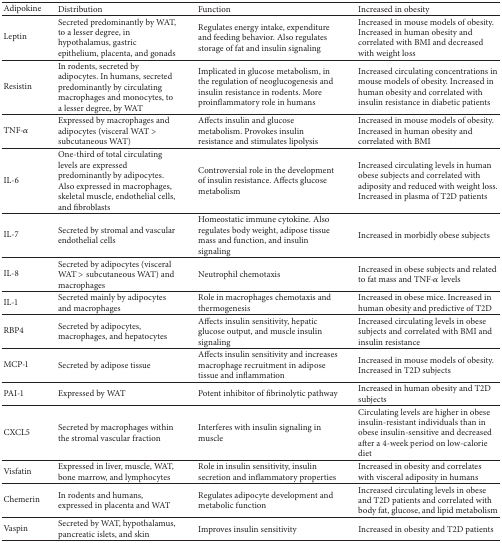
<table><thead><tr><td><b>Adipokine</b></td><td><b>Distribution</b></td><td><b>Function</b></td><td><b>Increased in obesity</b></td></tr></thead><tbody><tr><td>Leptin</td><td>Secreted predominantly by WAT, to a lesser degree, in hypothalamus, gastric epithelium, placenta, and gonads</td><td>Regulates energy intake, expenditure and feeding behavior. Also regulates storage of fat and insulin signaling</td><td>Increased in mouse models of obesity. Increased in human obesity and correlated with BMI and decreased with weight loss</td></tr><tr><td>Resistin</td><td>In rodents, secreted by adipocytes. In humans, secreted predominantly by circulating macrophages and monocytes, to a lesser degree, by WAT</td><td>Implicated in glucose metabolism, in the regulation of neoglucogenesis and insulin resistance in rodents. More proinflammatory role in humans</td><td>Increased circulating concentrations in mouse models of obesity. Increased in human obesity and correlated with insulin resistance in diabetic patients</td></tr><tr><td>TNF-<i>α</i></td><td>Expressed by macrophages and adipocytes (visceral WAT &gt; subcutaneous WAT)</td><td>Affects insulin and glucose metabolism. Provokes insulin resistance and stimulates lipolysis</td><td>Increased in mouse models of obesity. Increased in human obesity and correlated with BMI </td></tr><tr><td>IL-6</td><td>One-third of total circulating levels are expressed predominantly by adipocytes. Also expressed in macrophages, skeletal muscle, endothelial cells, and fibroblasts</td><td>Controversial role in the development of insulin resistance. Affects glucose metabolism</td><td>Increased circulating levels in human obese subjects and correlated with adiposity and reduced with weight loss. Increased in plasma of T2D patients</td></tr><tr><td>IL-7</td><td>Secreted by stromal and vascular endothelial cells</td><td>Homeostatic immune cytokine. Also regulates body weight, adipose tissue mass and function, and insulin signaling</td><td>Increased in morbidly obese subjects</td></tr><tr><td>IL-8</td><td>Secreted by adipocytes (visceral WAT &gt; subcutaneous WAT) and macrophages</td><td>Neutrophil chemotaxis</td><td>Increased in obese subjects and related to fat mass and TNF-<i>α</i> levels</td></tr><tr><td>IL-1</td><td>Secreted mainly by adipocytes and macrophages</td><td>Role in macrophages chemotaxis and thermogenesis </td><td>Increased in obese mice. Increased in human obesity and predictive of T2D</td></tr><tr><td>RBP4</td><td>Secreted by adipocytes, macrophages, and hepatocytes</td><td>Affects insulin sensitivity, hepatic glucose output, and muscle insulin signaling</td><td>Increased circulating levels in obese subjects and correlated with BMI and insulin resistance</td></tr><tr><td>MCP-1</td><td>Secreted by adipose tissue </td><td>Affects insulin sensitivity and increases macrophage recruitment in adipose tissue and inflammation</td><td>Increased in mouse models of obesity. Increased in T2D subjects</td></tr><tr><td>PAI-1</td><td>Expressed by WAT</td><td>Potent inhibitor of fibrinolytic pathway</td><td>Increased in human obesity and T2D subjects</td></tr><tr><td>CXCL5</td><td>Secreted by macrophages within the stromal vascular fraction</td><td>Interferes with insulin signaling in muscle</td><td>Circulating levels are higher in obese insulin-resistant individuals than in obese insulin-sensitive and decreased after a 4-week period on low-calorie diet</td></tr><tr><td>Visfatin</td><td>Expressed in liver, muscle, WAT, bone marrow, and lymphocytes</td><td>Role in insulin sensitivity, insulin secretion and inflammatory properties</td><td>Increased in obesity and correlates with visceral adiposity in humans</td></tr><tr><td>Chemerin</td><td>In rodents and humans, expressed in placenta and WAT</td><td>Regulates adipocyte development and metabolic function</td><td>Increased circulating levels in obese and T2D patients and correlated with body fat, glucose, and lipid metabolism </td></tr><tr><td>Vaspin</td><td>Secreted by WAT, hypothalamus, pancreatic islets, and skin</td><td>Improves insulin sensitivity</td><td>Increased in obesity and T2D patients</td></tr></tbody></table>